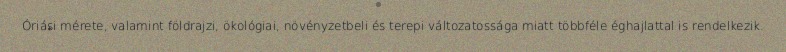
Óriási mérete, valamint földrajzi, ökológiai, növényzetbeli és terepi változatossága miatt többféle éghajlattal is rendelkezik.